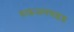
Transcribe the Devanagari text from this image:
डाइआक्सइड